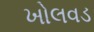
ખોલવડ